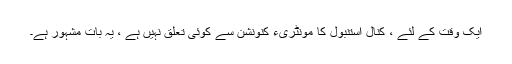
ایک وقت کے لئے ، کنال استنبول کا مونٹریء کنونشن سے کوئی تعلق نہیں ہے ، یہ بات مشہور ہے۔